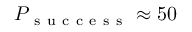
P _ { \mathrm { ~ s ~ u ~ c ~ c ~ e ~ s ~ s ~ } } \approx 5 0 \